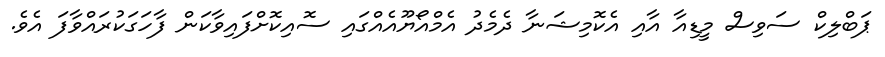
ޕަބްލިކް ސަވިސް މީޑިއާ އާއި އެކޮމިޝަނާ ދެމެދު އެމްއޯޔޫއެއްގައި ސޮއިކޮށްފައިވާކަން ފާހަގަކުރައްވާފަ އެވެ.